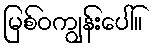
မြစ်ဝကျွန်းပေါ်။